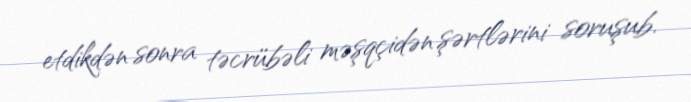
etdikdən sonra təcrübəli məşqçidən şərtlərini soruşub.